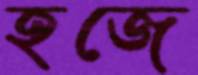
হজে